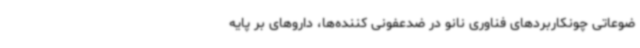
ضوعاتی چونکاربردهای فناوری نانو در ضدعفونی کننده‌ها، داروهای بر پایه